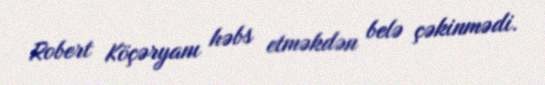
Robert Köçəryanı həbs etməkdən belə çəkinmədi.